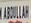
abdullah